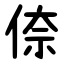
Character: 倷